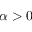
\alpha > 0